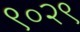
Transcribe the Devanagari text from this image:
९०२९